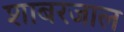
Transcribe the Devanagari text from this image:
शाबरजाल